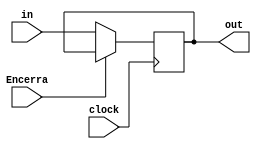
module PC (
  input wire clock,
  input wire [7:0] in,
  output wire [7:0] out,
  input Encerra
);
  
  reg [7:0] pc;
  
  always @(posedge clock)
    begin
    if(~Encerra) begin 
      pc = in;
    end
  end
  
  assign out = pc;

endmodule